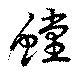
螳